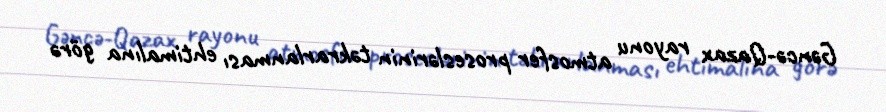
Gəncə-Qazax rayonu atmosfer proseslərinin təkrarlanması ehtimalına görə